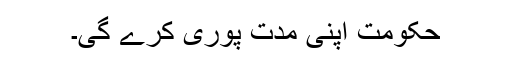
حکومت اپنی مدت پوری کرے گی۔